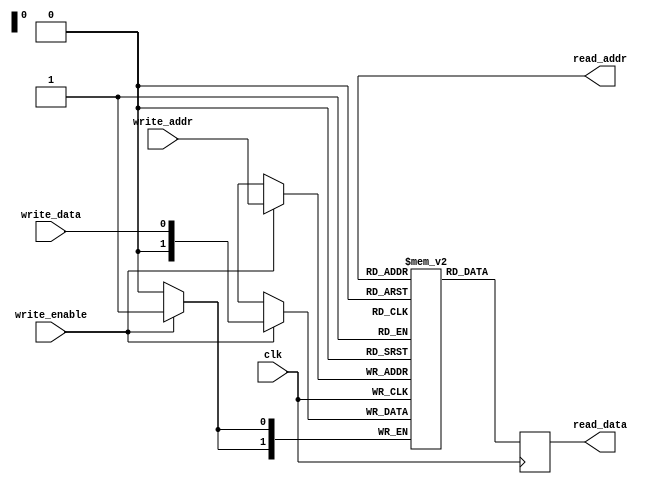
module register_file (
    input wire clk,
    input wire [1:0] write_addr,
    input wire write_data,
    input wire write_enable,
    output wire [1:0] read_addr,
    output reg [1:0] read_data
);

reg [1:0] registers [3:0];

always @(posedge clk) begin
    if (write_enable) begin
        registers[write_addr] <= write_data;
    end
    read_data <= registers[read_addr];
end

endmodule